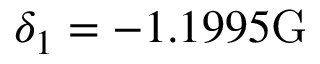
\delta _ { 1 } = - 1 . 1 9 9 5 \mathrm { G }